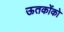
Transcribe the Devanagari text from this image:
ऊतकोंको